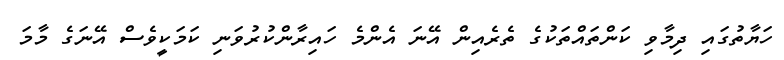
ހަޔާތުގައި ދިމާވި ކަންތައްތަކުގެ ތެރެއިން އޭނަ އެންމެ ހައިރާންކުރުވަނި ކަމަކީވެސް އޭނަގެ މާމަ